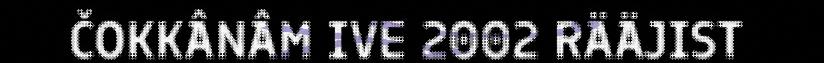
ČOKKÂNÂM IVE 2002 RÄÄJIST